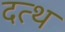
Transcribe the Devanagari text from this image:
दत्थ